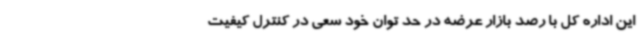
این اداره کل با رصد بازار عرضه در حد توان خود سعی در کنترل کیفیت